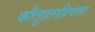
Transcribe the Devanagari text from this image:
कौतूहलप्रियता